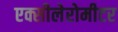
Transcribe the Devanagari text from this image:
एक्सीलेरोमीटर